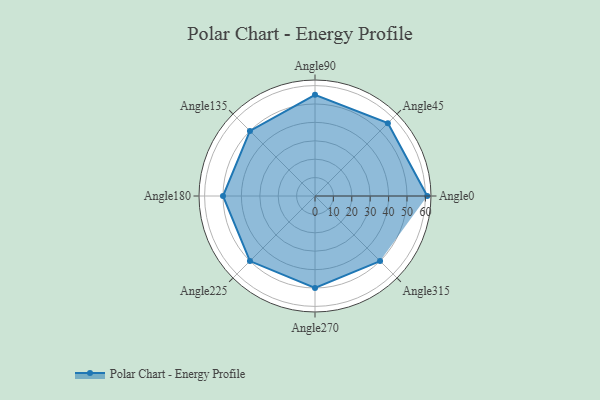
{"axis": {"x": "Angle", "y": "Radius"}, "legend": [""], "data": [{"x": "Angle0", "y": 61.0, "type": ""}, {"x": "Angle45", "y": 56.0, "type": ""}, {"x": "Angle90", "y": 55.0, "type": ""}, {"x": "Angle135", "y": 50, "type": ""}, {"x": "Angle180", "y": 50, "type": ""}, {"x": "Angle225", "y": 50, "type": ""}, {"x": "Angle270", "y": 50, "type": ""}, {"x": "Angle315", "y": 50, "type": ""}]}